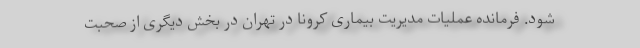
شود. فرمانده عملیات مدیریت بیماری کرونا در تهران در بخش دیگری از صحبت